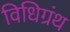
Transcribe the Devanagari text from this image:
विधिग्रंथ